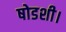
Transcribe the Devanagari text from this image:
षोडशी।